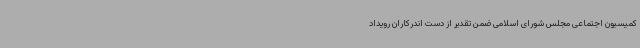
کمیسیون اجتماعی مجلس شورای اسلامی ضمن تقدیر از دست اندرکاران رویداد